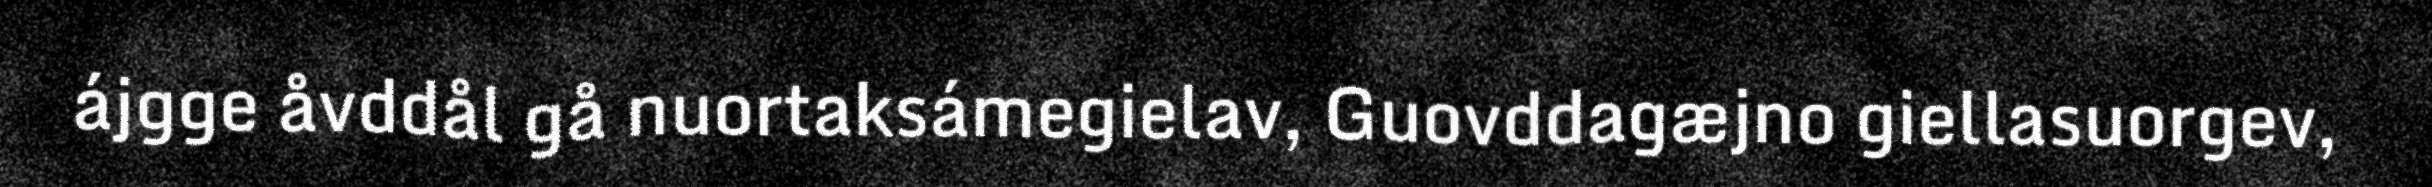
ájgge åvddål gå nuortaksámegielav, Guovddagæjno giellasuorgev,